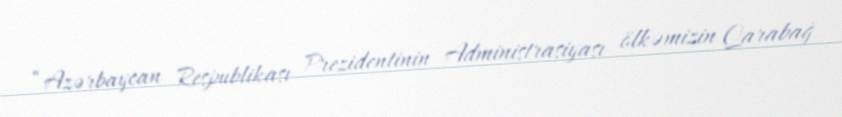
“Azərbaycan Respublikası Prezidentinin Administrasiyası ölkəmizin Qarabağ